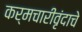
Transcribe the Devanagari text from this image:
कर्मचारीवृंदाचे